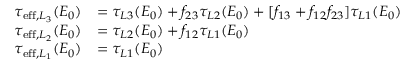
\begin{array} { r l } { \tau _ { \mathrm { e f f } , L _ { 3 } } ( E _ { 0 } ) } & { = \tau _ { L 3 } ( E _ { 0 } ) + f _ { 2 3 } \tau _ { L 2 } ( E _ { 0 } ) + [ f _ { 1 3 } + f _ { 1 2 } f _ { 2 3 } ] \tau _ { L 1 } ( E _ { 0 } ) } \\ { \tau _ { \mathrm { e f f } , L _ { 2 } } ( E _ { 0 } ) } & { = \tau _ { L 2 } ( E _ { 0 } ) + f _ { 1 2 } \tau _ { L 1 } ( E _ { 0 } ) } \\ { \tau _ { \mathrm { e f f } , L _ { 1 } } ( E _ { 0 } ) } & { = \tau _ { L 1 } ( E _ { 0 } ) } \end{array}